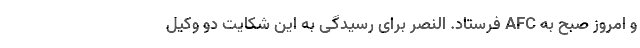
و امروز صبح به AFC فرستاد. النصر برای رسیدگی به این شکایت دو وکیل